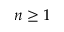
n \geq 1